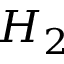
H _ { 2 }